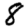
Digit: 8